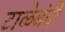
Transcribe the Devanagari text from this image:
टाळेबंदी